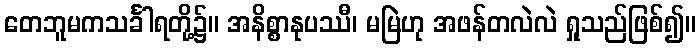
တေဘူမကသင်္ခါရတို့၌။ အနိစ္စာနုပဿီ၊ မမြဲဟု အဖန်တလဲလဲ ရှုသည်ဖြစ်၍။